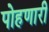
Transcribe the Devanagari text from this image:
पोहणारी